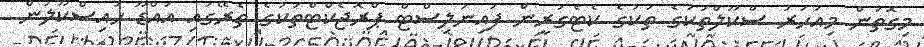
މިގޮތުން މިއަހަރު ސްކޫލްތަކުގެ ތަކުގެ ކެޓެގަރީން ފައިނަލިސްޓް ޕްރޮޖެކްޓްތަކުގެ ތެރޭގައި އައްޑޫ ހައިސްކޫލުން